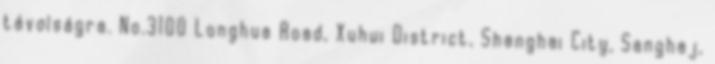
távolságra. No.3100 Longhua Road, Xuhui District, Shanghai City, Sanghaj,